Report of the Indian Hemp Drugs Commission, 1894-1895 - Volume IV
Year: 1894
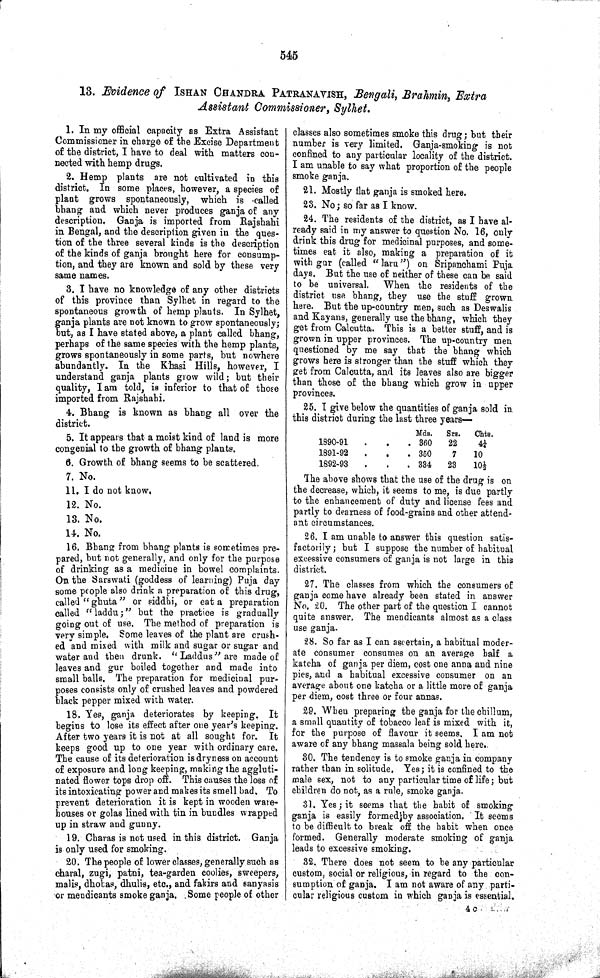
545
13. Evidence of ISHAN CHANDRA PATRANAVISH, Bengali, Brahmin, Extra
Assistant Commissioner, Sylhet.
1. In my official capacity as Extra Assistant
Commissioner in charge of the Excise Department
of the district, I have to deal with matters con-
nected with hemp drugs.
2. Hemp plants are not cultivated in this
district. In some places, however, a species of
plant grows spontaneously, which is called
bhang and which never produces ganja of any
description. Ganja is imported from Rajshahi
in Bengal, and the description given in the ques-
tion of the three several kinds is the description
of the kinds of ganja brought here for consump-
tion, and they are known and sold by these very
same names.
3. I have no knowledge of any other districts
of this province than Sylhet in regard to the
spontaneous growth of hemp plants. In Sylhet,
ganja plants are not known to grow spontaneously;
but, as I have stated above, a plant called bhang,
perhaps of the same species with the hemp plants,
grows spontaneously in some parts, but nowhere
abundantly. In the Khasi Hills, however, I
understand ganja plants grow wild; but their
quality, I am told, is inferior to that of those
imported from Rajshahi.
4. Bhang is known as bhang all over the
district.
5. It appears that a moist kind of land is more
congenial to the growth of bhang plants.
6. Growth of bhang seems to be scattered.
7. No.
11. I do not know.
12. No.
13. No.
14. No.
16. Bhang from bhang plants is sometimes pre-
pared, but not generally, and only for the purpose
of drinking as a medicine in bowel complaints.
On the Sarswati (goddess of learning) Puja day
some people also drink a preparation of this drug,
called "ghuta" or siddhi, or eat a preparation
called "laddu;" but the practice is gradually
going out of use. The method of preparation is
very simple. Some leaves of the plant are crush-
ed and mixed with milk and sugar or sugar and
water and then drunk. "Laddus" are made of
leaves and gur boiled together and made into
small balls. The preparation for medicinal pur-
poses consists only of crushed leaves and powdered
black pepper mixed with water.
18. Yes, ganja deteriorates by keeping. It
begins to lose its effect after one year's keeping.
After two years it is not at all sought for. It
keeps good up to one year with ordinary care.
The cause of its deterioration is dryness on account
of exposure and long keeping, making the aggluti-
nated flower tops drop off. This causes the loss of
its intoxicating power and makes its smell bad. To
prevent deterioration it is kept in wooden ware-
houses or golas lined with tin in bundles wrapped
up in straw and gunny.
19. Charas is not used in this district. Ganja
is only used for smoking.
20. The people of lower classes, generally such as
charal, zugi, patni, tea-garden coolies, sweepers,
malis, dhobas, dhulis, etc., and fakirs and sanyasis
or mendicants smoke ganja. Some people of other
classes also sometimes smoke this drug; but their
number is very limited. Ganja-smoking is not
confined to any particular locality of the district.
I am unable to say what proportion of the people
smoke ganja.
21. Mostly flat ganja is smoked here.
23. No; so far as I know.
24. The residents of the district, as I have al-
ready said in my answer to question No. 16, only
drink this drug for medicinal purposes, and some-
times eat it also, making a preparation of it
with gur (called "laru") on Sripanchami Puja
days. But the use of neither of these can be said
to be universal.
When the residents of the
district use bhang, they use the stuff grown
here. But the up-country men, such as Deswalis
and Kayans, generally use the bhang, which they
get from Calcutta. This is a better stuff, and is
grown in upper provinces. The up-country men
questioned by me say that the bhang which
grows here is stronger than the stuff which they
get from Calcutta, and its leaves also are bigger
than those of the bhang which grow in upper
provinces.
25. I give below the quantities of ganja sold in
this district during the last three years—
Mds.
Srs.
Chts.
1890-91
360
22
4¼
1891-92
350
7
10
1892-93
334
23
10½
The above shows that the use of the drug is on
the decrease, which, it seems to me, is due partly
to the enhancement of duty and license fees and
partly to dearness of food-grains and other attend-
ant circumstances.
26. I am unable to answer this question satis-
factorily; but I suppose the number of habitual
excessive consumers of ganja is not large in this
district.
27. The classes from which the consumers of
ganja come have already been stated in answer
No. 20. The other part of the question I cannot
quite answer. The mendicants almost as a class
use ganja.
28. So far as I can ascertain, a habitual moder-
ate consumer consumes on an average half a
katcha of ganja per diem, cost one anna and nine
pies, and a habitual excessive consumer on an
average about one katcha or a little more of ganja
per diem, cost three or four annas.
29. When preparing the ganja for the chillum,
a small quantity of tobacco leaf is mixed with it,
for the purpose of flavour it seems. I am not
aware of any bhang massala being sold here..
30. The tendency is to smoke ganja in company
rather than in solitude. Yes; it is confined to the
male sex, not to any particular time of life; but
children do not, as a rule, smoke ganja.
31. Yes; it seems that the habit of smoking
ganja is easily formed by association. It seems
to be difficult to break off the habit when once
formed. Generally moderate smoking of ganja
leads to excessive smoking.
32. There does not seem to be any particular
custom, social or religious, in regard to the con-
sumption of ganja. I am not aware of any parti-
cular religious custom in which ganja is essential.
4 c